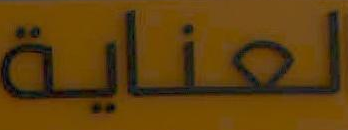
العناية